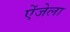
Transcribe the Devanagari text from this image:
ऐंजेला